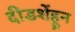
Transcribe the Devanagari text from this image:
दीडशेंहून